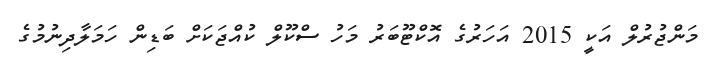
މަންޖުރުލް އަކީ 2015 އަހަރުގެ އޮކްޓޫބަރު މަހު ސްކޫލް ކުއްޖަކަށް ބަޑިން ހަމަލާދިނުމުގެ